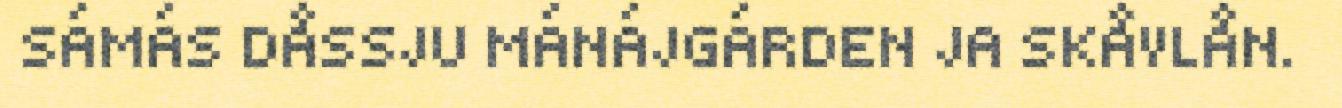
SÁMÁS DÅSSJU MÁNÁJGÁRDEN JA SKÅVLÅN.